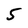
Character: 5